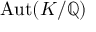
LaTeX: \operatorname { A u t } ( K / \mathbb { Q } )